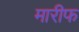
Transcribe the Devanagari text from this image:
मारीफ